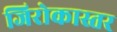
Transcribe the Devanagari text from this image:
जिरोकास्तर